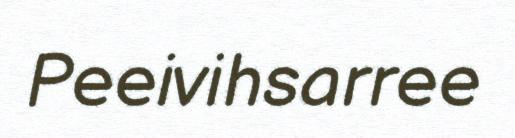
Peeivihsarree